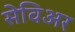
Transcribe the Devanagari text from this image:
सेविअर